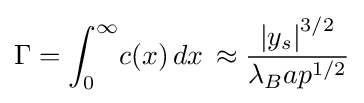
\Gamma =\int _{0}^{\infty }\!c(x)\,dx\,\approx {\frac {\left\vert y_{s}\right\vert ^{3/2}}{{\lambda _{B}}{a}{p^{1/2}}}}